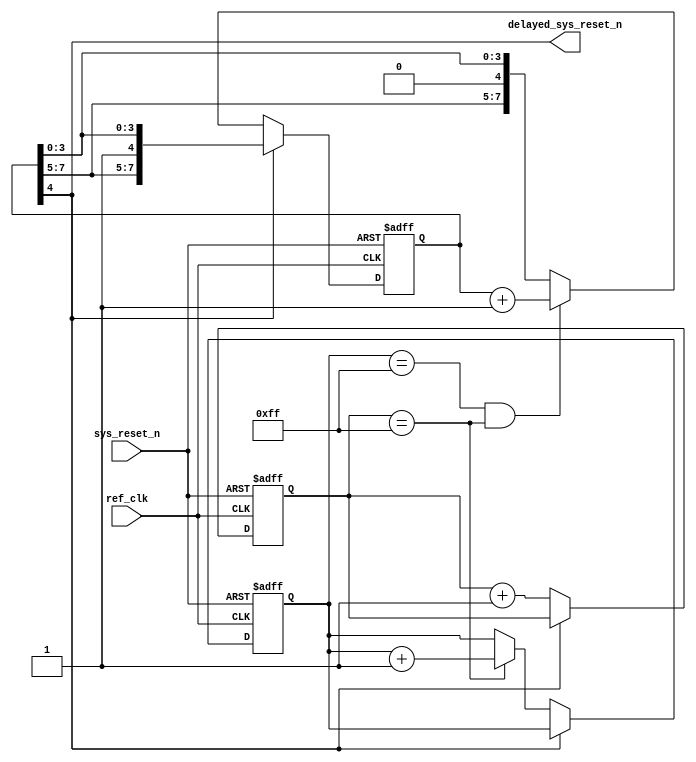

//-----------------------------------------------------------------------------
//
// (c) Copyright 2009-2010 Xilinx, Inc. All rights reserved.
//
// This file contains confidential and proprietary information
// of Xilinx, Inc. and is protected under U.S. and
// international copyright and other intellectual property
// laws.
//
// DISCLAIMER
// This disclaimer is not a license and does not grant any
// rights to the materials distributed herewith. Except as
// otherwise provided in a valid license issued to you by
// Xilinx, and to the maximum extent permitted by applicable
// law: (1) THESE MATERIALS ARE MADE AVAILABLE "AS IS" AND
// WITH ALL FAULTS, AND XILINX HEREBY DISCLAIMS ALL WARRANTIES
// AND CONDITIONS, EXPRESS, IMPLIED, OR STATUTORY, INCLUDING
// BUT NOT LIMITED TO WARRANTIES OF MERCHANTABILITY, NON-
// INFRINGEMENT, OR FITNESS FOR ANY PARTICULAR PURPOSE; and
// (2) Xilinx shall not be liable (whether in contract or tort,
// including negligence, or under any other theory of
// liability) for any loss or damage of any kind or nature
// related to, arising under or in connection with these
// materials, including for any direct, or any indirect,
// special, incidental, or consequential loss or damage
// (including loss of data, profits, goodwill, or any type of
// loss or damage suffered as a result of any action brought
// by a third party) even if such damage or loss was
// reasonably foreseeable or Xilinx had been advised of the
// possibility of the same.
//
// CRITICAL APPLICATIONS
// Xilinx products are not designed or intended to be fail-
// safe, or for use in any application requiring fail-safe
// performance, such as life-support or safety devices or
// systems, Class III medical devices, nuclear facilities,
// applications related to the deployment of airbags, or any
// other applications that could lead to death, personal
// injury, or severe property or environmental damage
// (individually and collectively, "Critical
// Applications"). Customer assumes the sole risk and
// liability of any use of Xilinx products in Critical
// Applications, subject only to applicable laws and
// regulations governing limitations on product liability.
//
// THIS COPYRIGHT NOTICE AND DISCLAIMER MUST BE RETAINED AS
// PART OF THIS FILE AT ALL TIMES.
//
//-----------------------------------------------------------------------------
// Project    : V5-Block Plus for PCI Express
//--
//-- Description: sys_reset_n delay (20ms) for Virtex6 PCIe Block
//--
//--
//--
//--------------------------------------------------------------------------------

`timescale 1ns/1ns

module pcie_reset_delay_v6 # (

  parameter PL_FAST_TRAIN = "FALSE",
  parameter REF_CLK_FREQ = 0   // 0 - 100 MHz, 1 - 125 MHz, 2 - 250 MHz

)
(

  input  wire        ref_clk,
  input  wire        sys_reset_n,
  output             delayed_sys_reset_n
   
);

  parameter Tc2o = 1;

  localparam         TBIT =  (PL_FAST_TRAIN == "FALSE") ?  ((REF_CLK_FREQ == 1) ? 20: (REF_CLK_FREQ == 0) ? 20 : 21) : 2;

  reg [7:0]          reg_count_7_0;
  reg [7:0]          reg_count_15_8;
  reg [7:0]          reg_count_23_16;
  wire [23:0]        concat_count;

  assign concat_count = {reg_count_23_16, reg_count_15_8, reg_count_7_0};

  always @(posedge ref_clk or negedge sys_reset_n) begin

    if (!sys_reset_n) begin

      reg_count_7_0 <= #Tc2o 8'h0;
      reg_count_15_8 <= #Tc2o 8'h0;
      reg_count_23_16 <= #Tc2o 8'h0;

    end else begin

      if (delayed_sys_reset_n != 1'b1) begin

        reg_count_7_0   <= #Tc2o reg_count_7_0 + 1'b1;
        reg_count_15_8  <= #Tc2o (reg_count_7_0 == 8'hff)? reg_count_15_8  + 1'b1 : reg_count_15_8 ;
        reg_count_23_16 <= #Tc2o ((reg_count_15_8 == 8'hff) & (reg_count_7_0 == 8'hff)) ? reg_count_23_16 + 1'b1 : reg_count_23_16;

      end 

    end

  end

  assign delayed_sys_reset_n = concat_count[TBIT]; 

endmodule